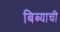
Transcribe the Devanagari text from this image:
बिब्याची